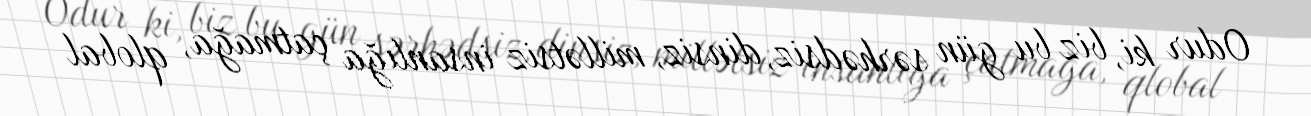
Odur ki, biz bu gün sərhədsiz, dinsiz, millətsiz insanlığa çatmağa, qlobal